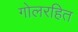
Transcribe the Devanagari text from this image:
गोलरहित